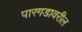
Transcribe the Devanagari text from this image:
पारगडावरील